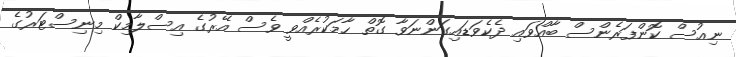
ނިއުސް ކޮންފަރެންސް ބާއްވައި ދެކެވަޑައިގަންނަވާ ގޮތް ހާމަކުރެއްވީ ވެސް އޭރުގެ އިސްލާމިކް މިނިސްޓަރުގެ